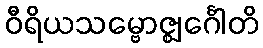
ဝီရိယသမ္ဗောဇ္ဈင်္ဂေါတိ